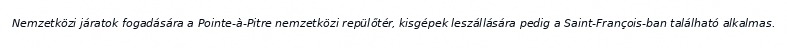
Nemzetközi járatok fogadására a Pointe-à-Pitre nemzetközi repülőtér, kisgépek leszállására pedig a Saint-François-ban található alkalmas.